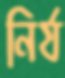
নির্য